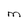
Character: m